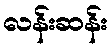
လန်းဆန်း